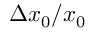
\Delta x _ { 0 } / x _ { 0 }